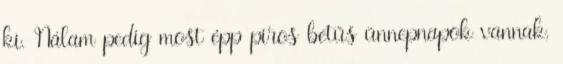
ki. Nálam pedig most épp piros betűs ünnepnapok vannak,